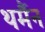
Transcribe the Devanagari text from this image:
थर्मैन